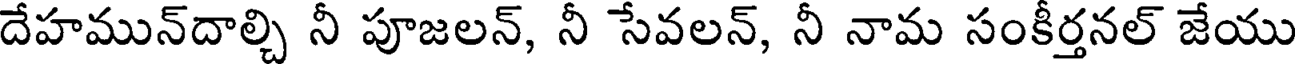
దేహమున్దాల్చి నీ పూజలన్, నీ సేవలన్, నీ నామ సంకీర్తనల్ జేయు